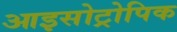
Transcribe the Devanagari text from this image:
आइसोट्रोपिक